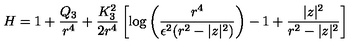
H = 1 + \frac { Q _ { 3 } } { r ^ { 4 } } + \frac { K _ { 3 } ^ { 2 } } { 2 r ^ { 4 } } \left[ \log \left( \frac { r ^ { 4 } } { \epsilon ^ { 2 } ( r ^ { 2 } - | z | ^ { 2 } ) } \right) - 1 + \frac { | z | ^ { 2 } } { r ^ { 2 } - | z | ^ { 2 } } \right]